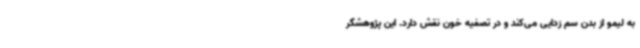
به لیمو از بدن سم زدایی می‌کند و در تصفیه خون نقش دارد. این پژوهشگر